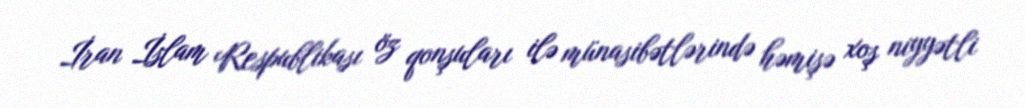
İran İslam Respublikası öz qonşuları ilə münasibətlərində həmişə xoş niyyətli